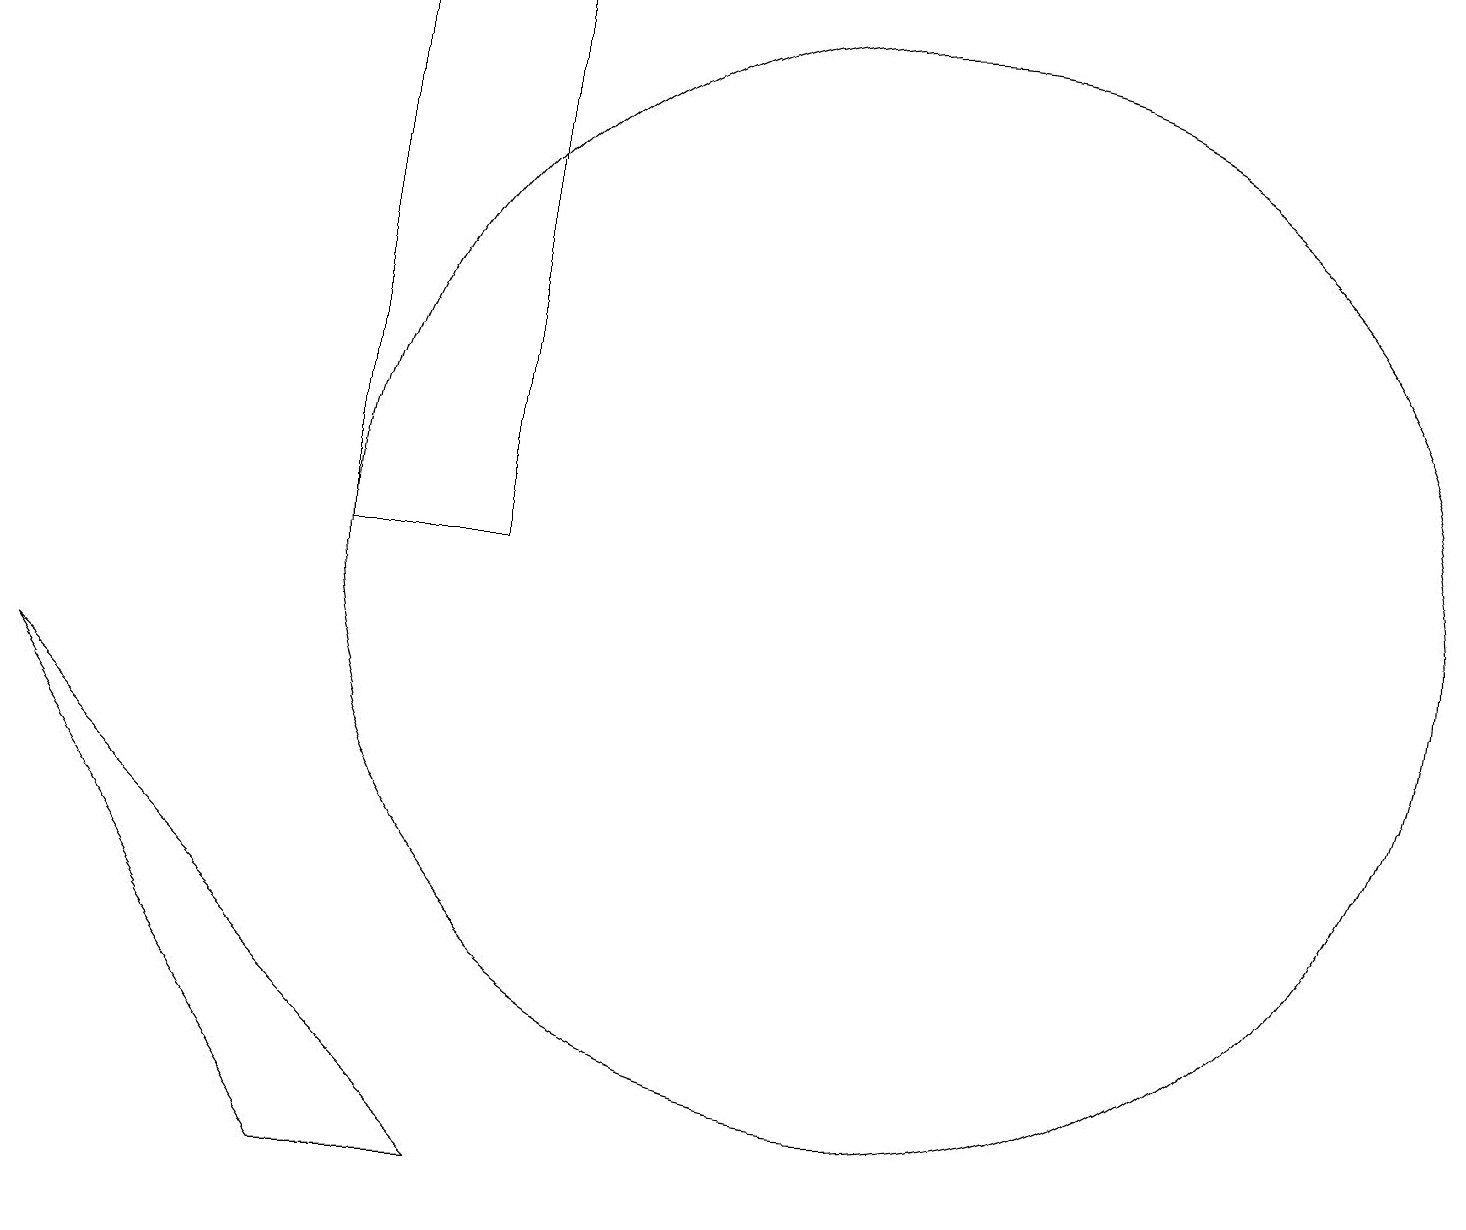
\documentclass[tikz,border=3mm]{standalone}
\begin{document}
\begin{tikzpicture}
\draw (12,10) circle (7);
\draw (7,2) -- (1,8) -- (5,2) -- cycle;
\draw (7,17) rectangle (5,10);
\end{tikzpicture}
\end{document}